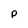
Character: P